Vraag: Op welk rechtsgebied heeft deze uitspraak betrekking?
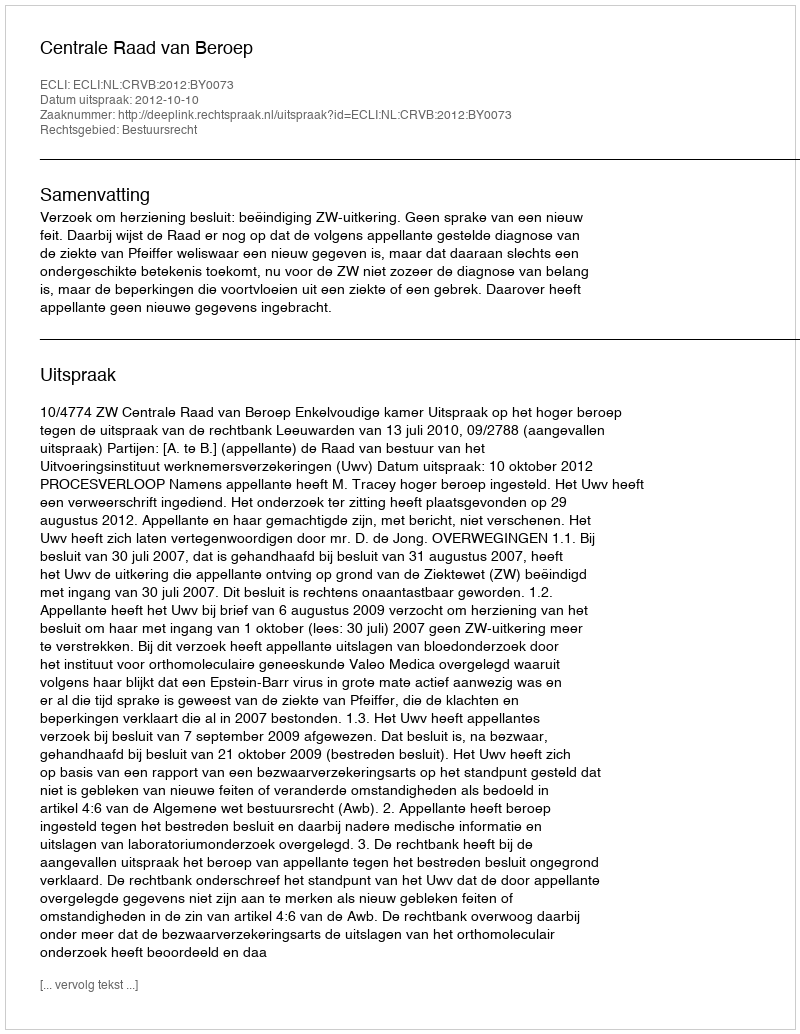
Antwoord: Bestuursrecht